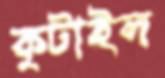
কুটাইল